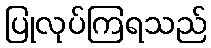
ပြုလုပ်ကြရသည်